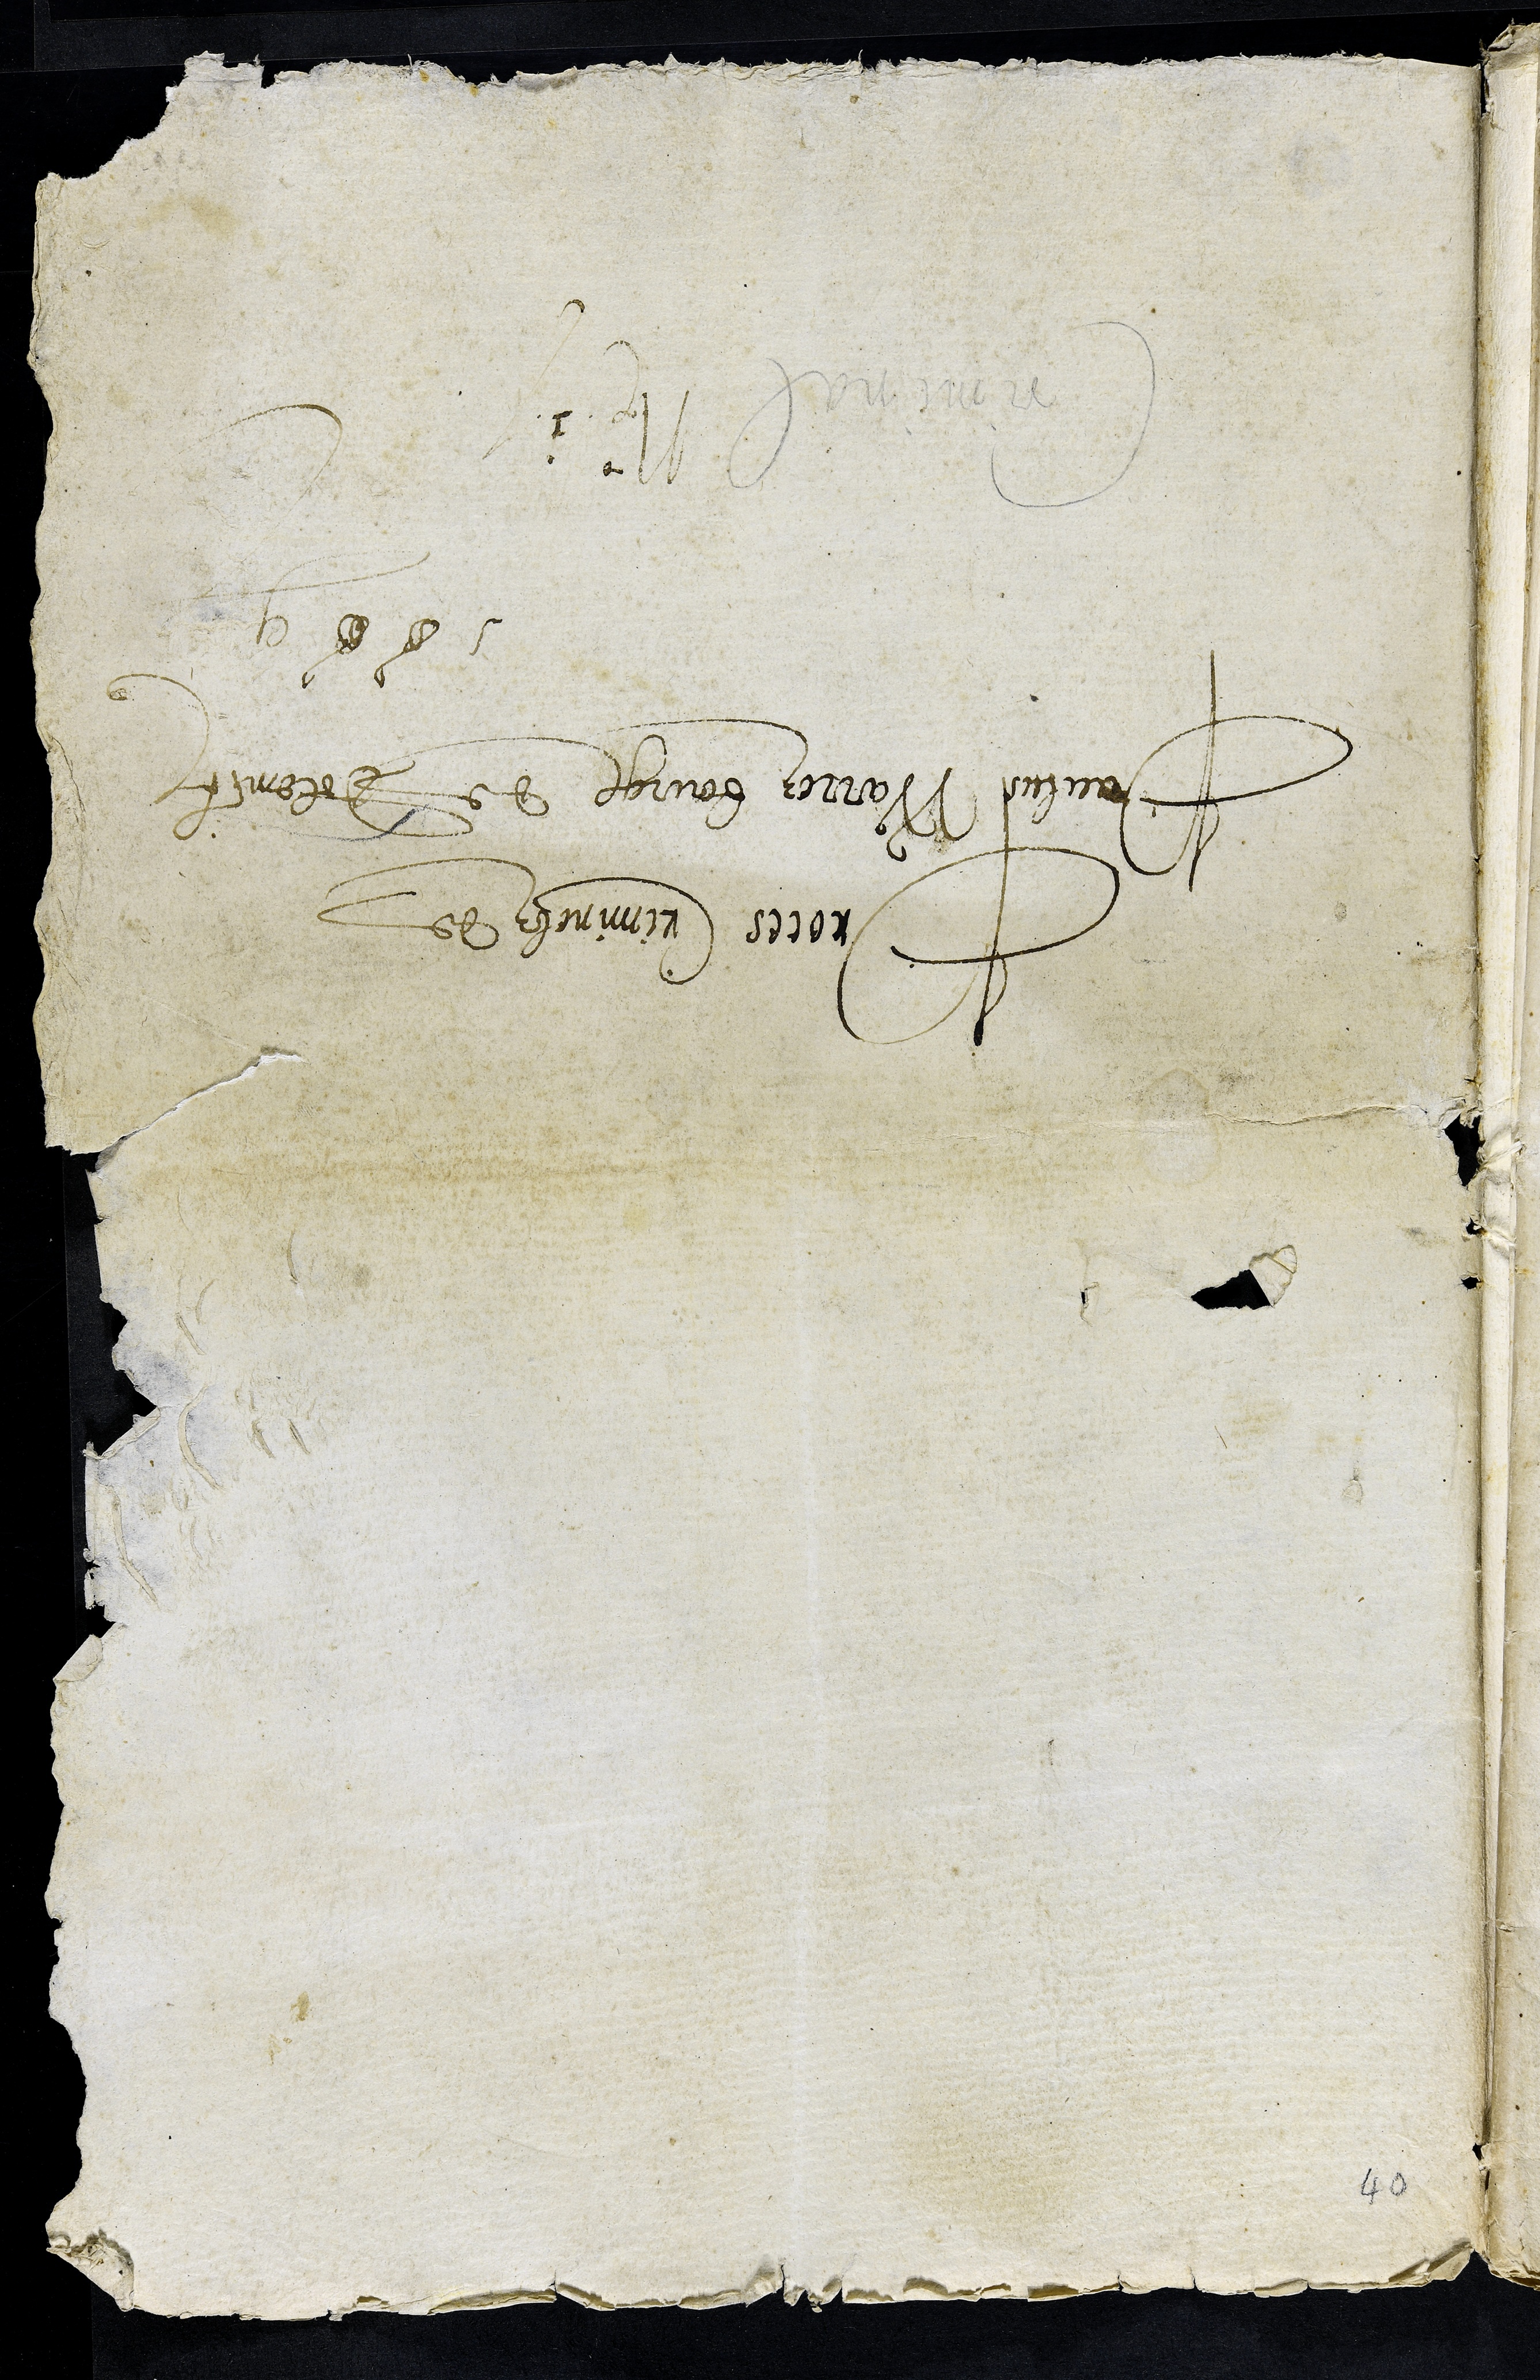
Proces Criminelz de
Paulus Warrez bourgeois de Delemont
1609
Criminal N. 1
40.